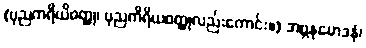
(ပုညကရိယိဝတ္ထု၊ ပုညကိရိယဝတ္ထုလည်းကောင်း။) အဗ္ဘနုမောဒနံ၊